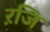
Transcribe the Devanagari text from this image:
ऱजि